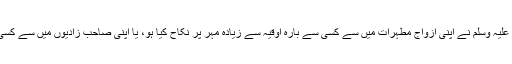
مجھے علم نہیں کہ آنحضرت صلی اللہ علیہ وسلم نے اپنی ازواجِ مطہرات میں سے کسی سے بارہ اوقیہ سے زیادہ مہر پر نکاح کیا ہو، یا اپنی صاحب زادیوں میں سے کسی کا نکاح اس سے زیادہ مہر پر کیا ہو۔